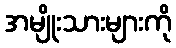
အမျိုးသားများကို